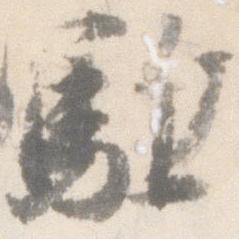
駈